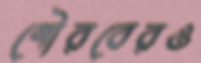
গৌরবেরও